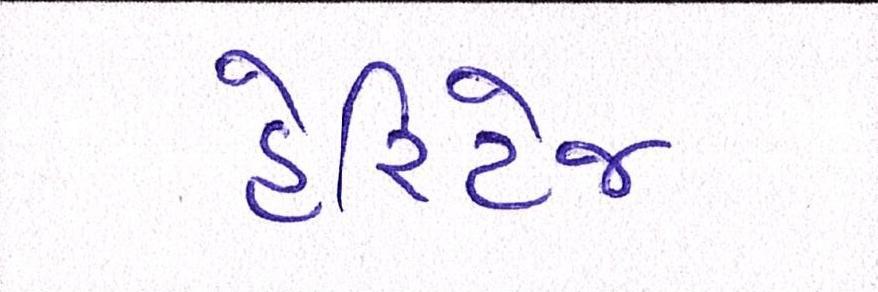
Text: હેરિટેજ